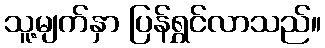
သူ့မျက်နှာ ပြန်ရွှင်လာသည်။